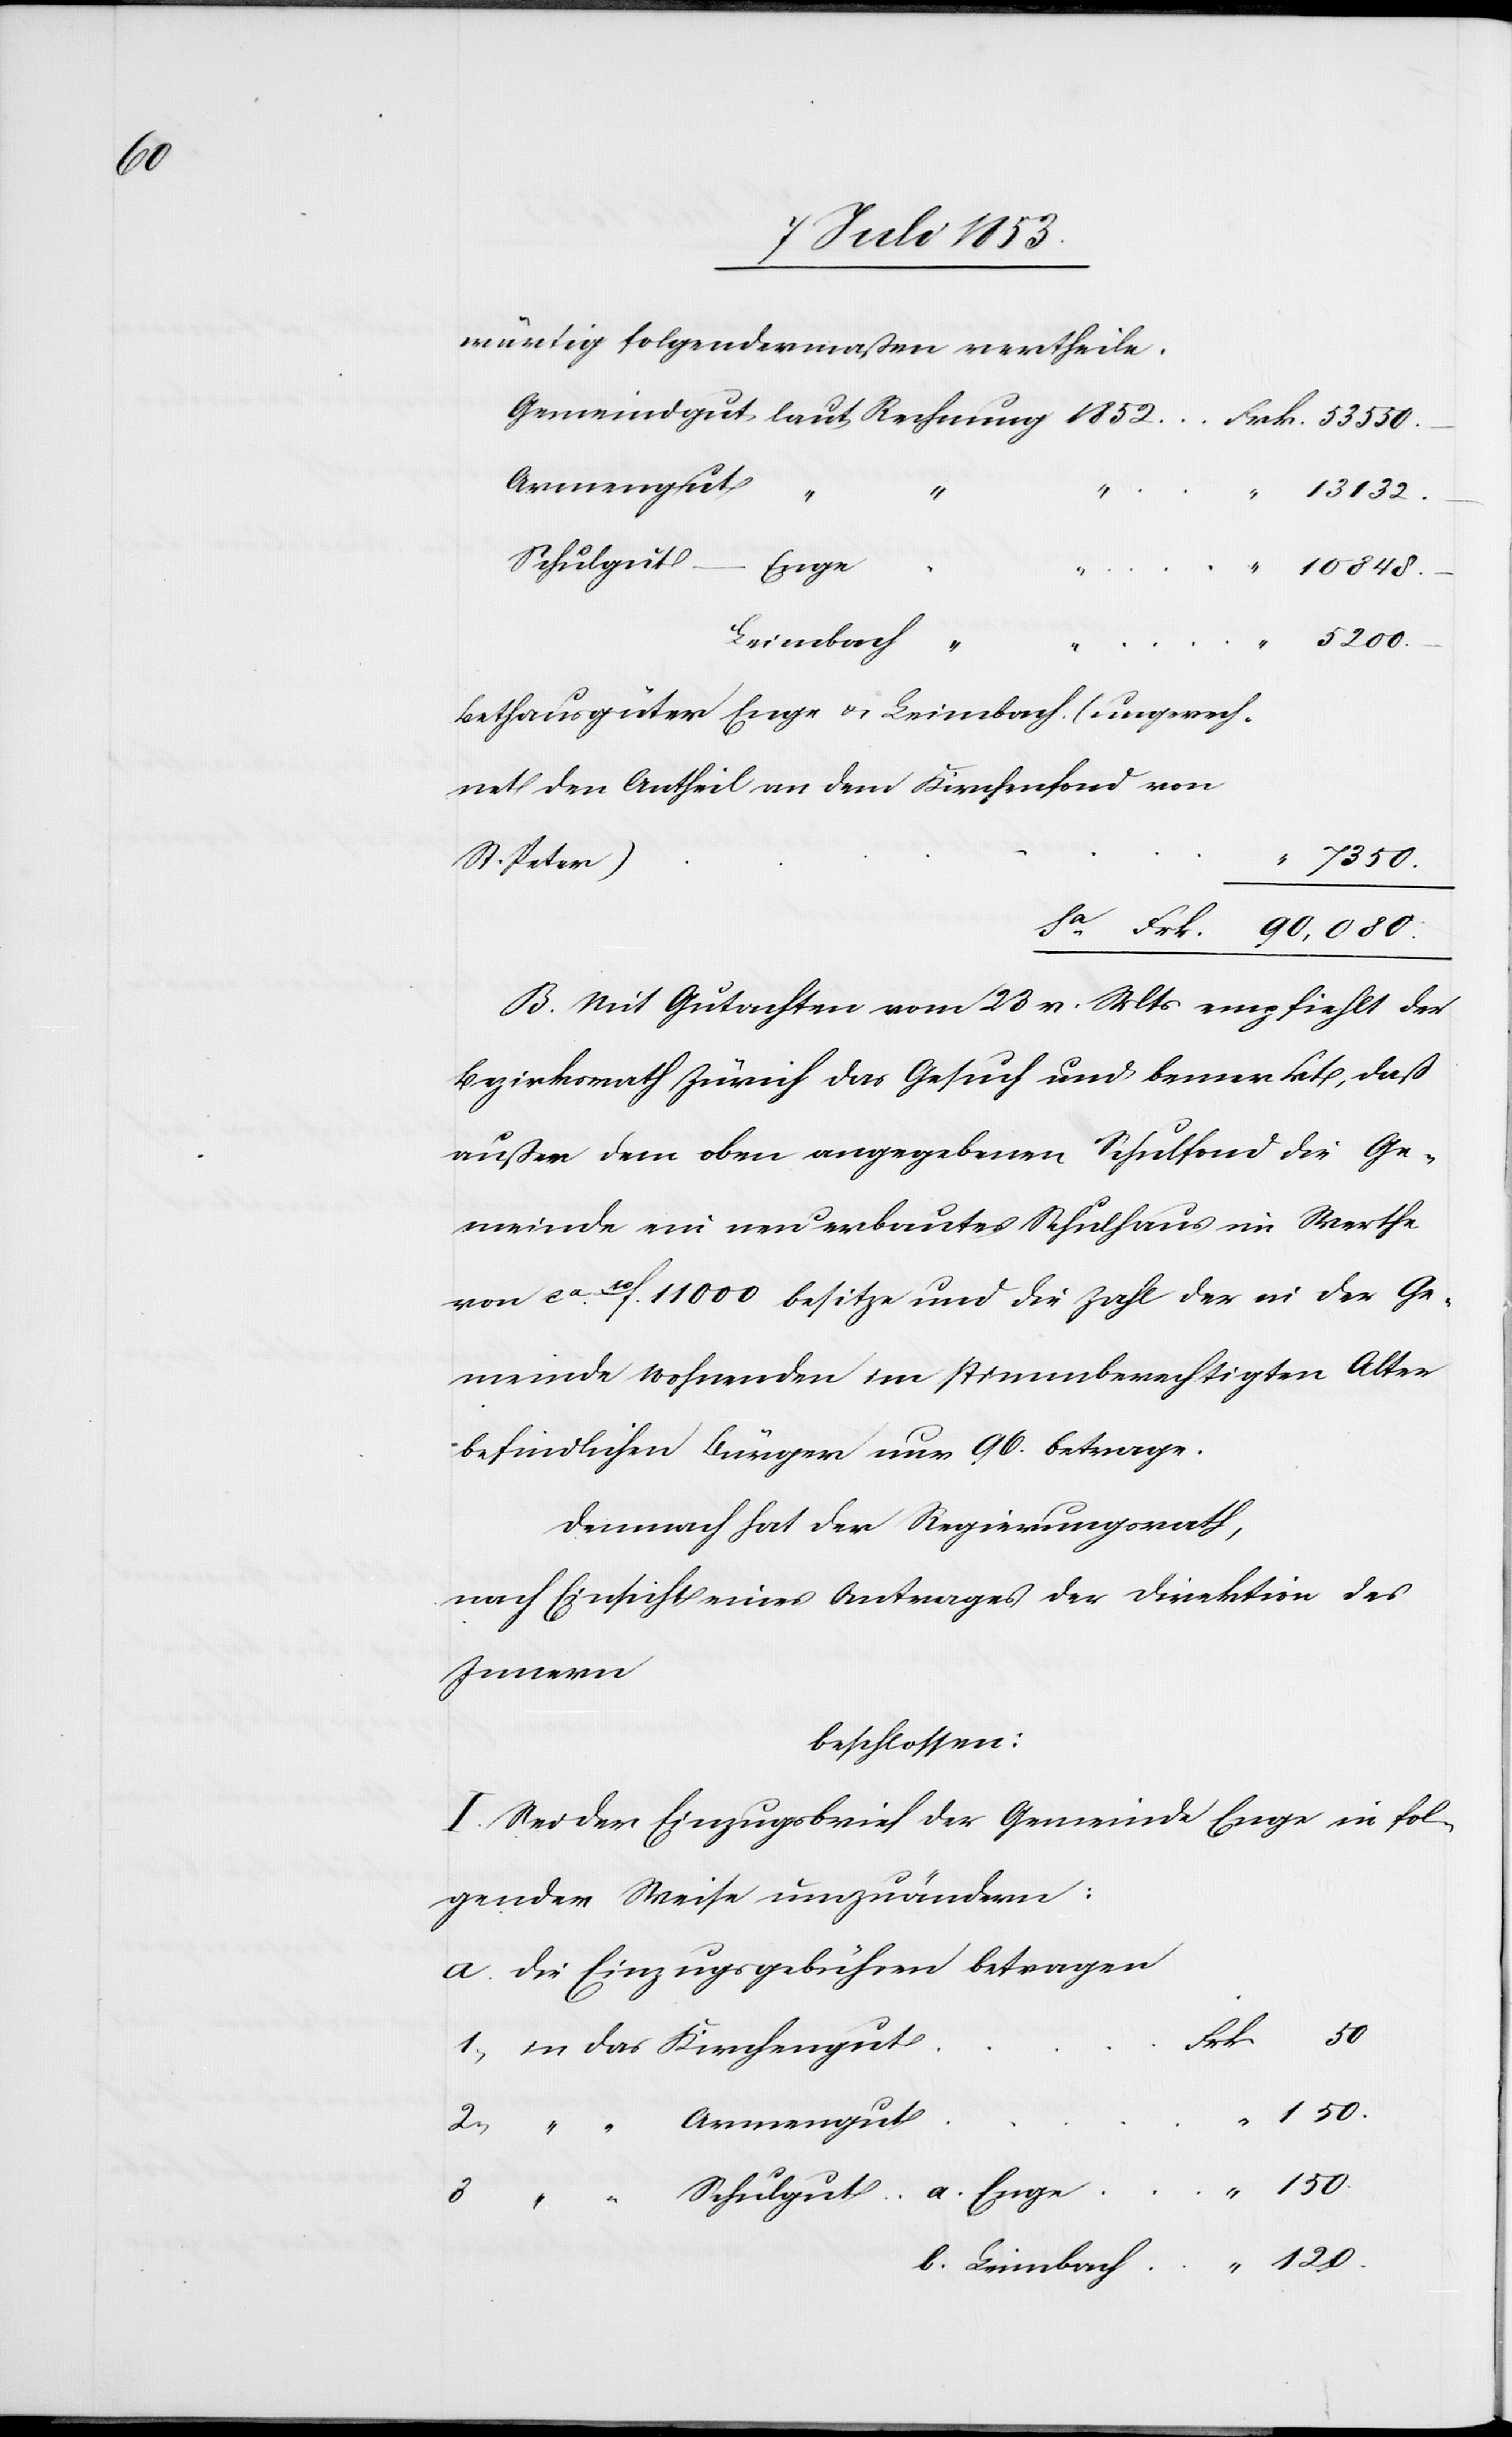
b.

wärtig folgendermaßen vertheile.
Gemeindgut, laut Rechnung 1852				Frk. 53 530.–
Schulgut
von
Bethausgüther Enge-Leimbach (ungerech¬
B. Mit Gutachten vom 23 v. Mts. empfiehlt der
Bezirksrath Zürich das Gesuch und bemerkt, daß
außer dem oben angegebenen Schulfond die Ge¬
meinde ein neu erbautes Schulhaus im Werthe
von ca f. 11 000 besitze und die Zahl der in der Ge¬
meinde wohnenden im stimmberechtigten Alter
befindlichen Bürger nun 96 betrage.
Demnach hat der Regierungsrath,
nach Einsicht eines Antrages der Direktion des
Innern
beschlossen:
I. Sei der Einzugsbrief der Gemeinde Enge in fol¬
gender Weise umzuändern:
a. Die Einzugsgebühren betragen
50.
a.
1, in das Kirchengu¬
3,
080.–